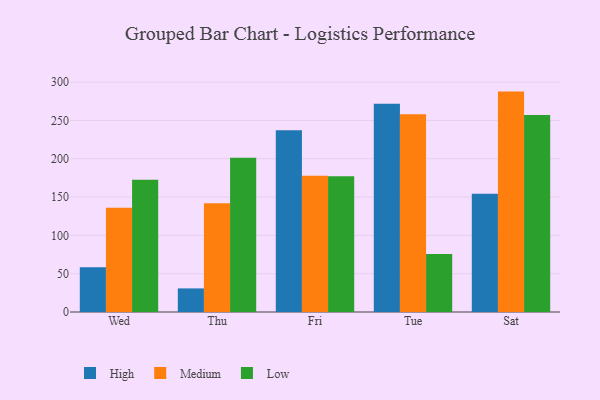
{"axis": {"x": "Day", "y": "Bounce Rate (%)"}, "legend": ["High", "Low", "Medium"], "data": [{"x": "Wed", "y": 58.3, "type": "High"}, {"x": "Wed", "y": 136.0, "type": "Medium"}, {"x": "Wed", "y": 172.5, "type": "Low"}, {"x": "Thu", "y": 30.8, "type": "High"}, {"x": "Thu", "y": 142.1, "type": "Medium"}, {"x": "Thu", "y": 201.5, "type": "Low"}, {"x": "Fri", "y": 237.1, "type": "High"}, {"x": "Fri", "y": 177.9, "type": "Medium"}, {"x": "Fri", "y": 177.1, "type": "Low"}, {"x": "Tue", "y": 271.7, "type": "High"}, {"x": "Tue", "y": 258.0, "type": "Medium"}, {"x": "Tue", "y": 75.7, "type": "Low"}, {"x": "Sat", "y": 154.4, "type": "High"}, {"x": "Sat", "y": 287.7, "type": "Medium"}, {"x": "Sat", "y": 257.3, "type": "Low"}]}